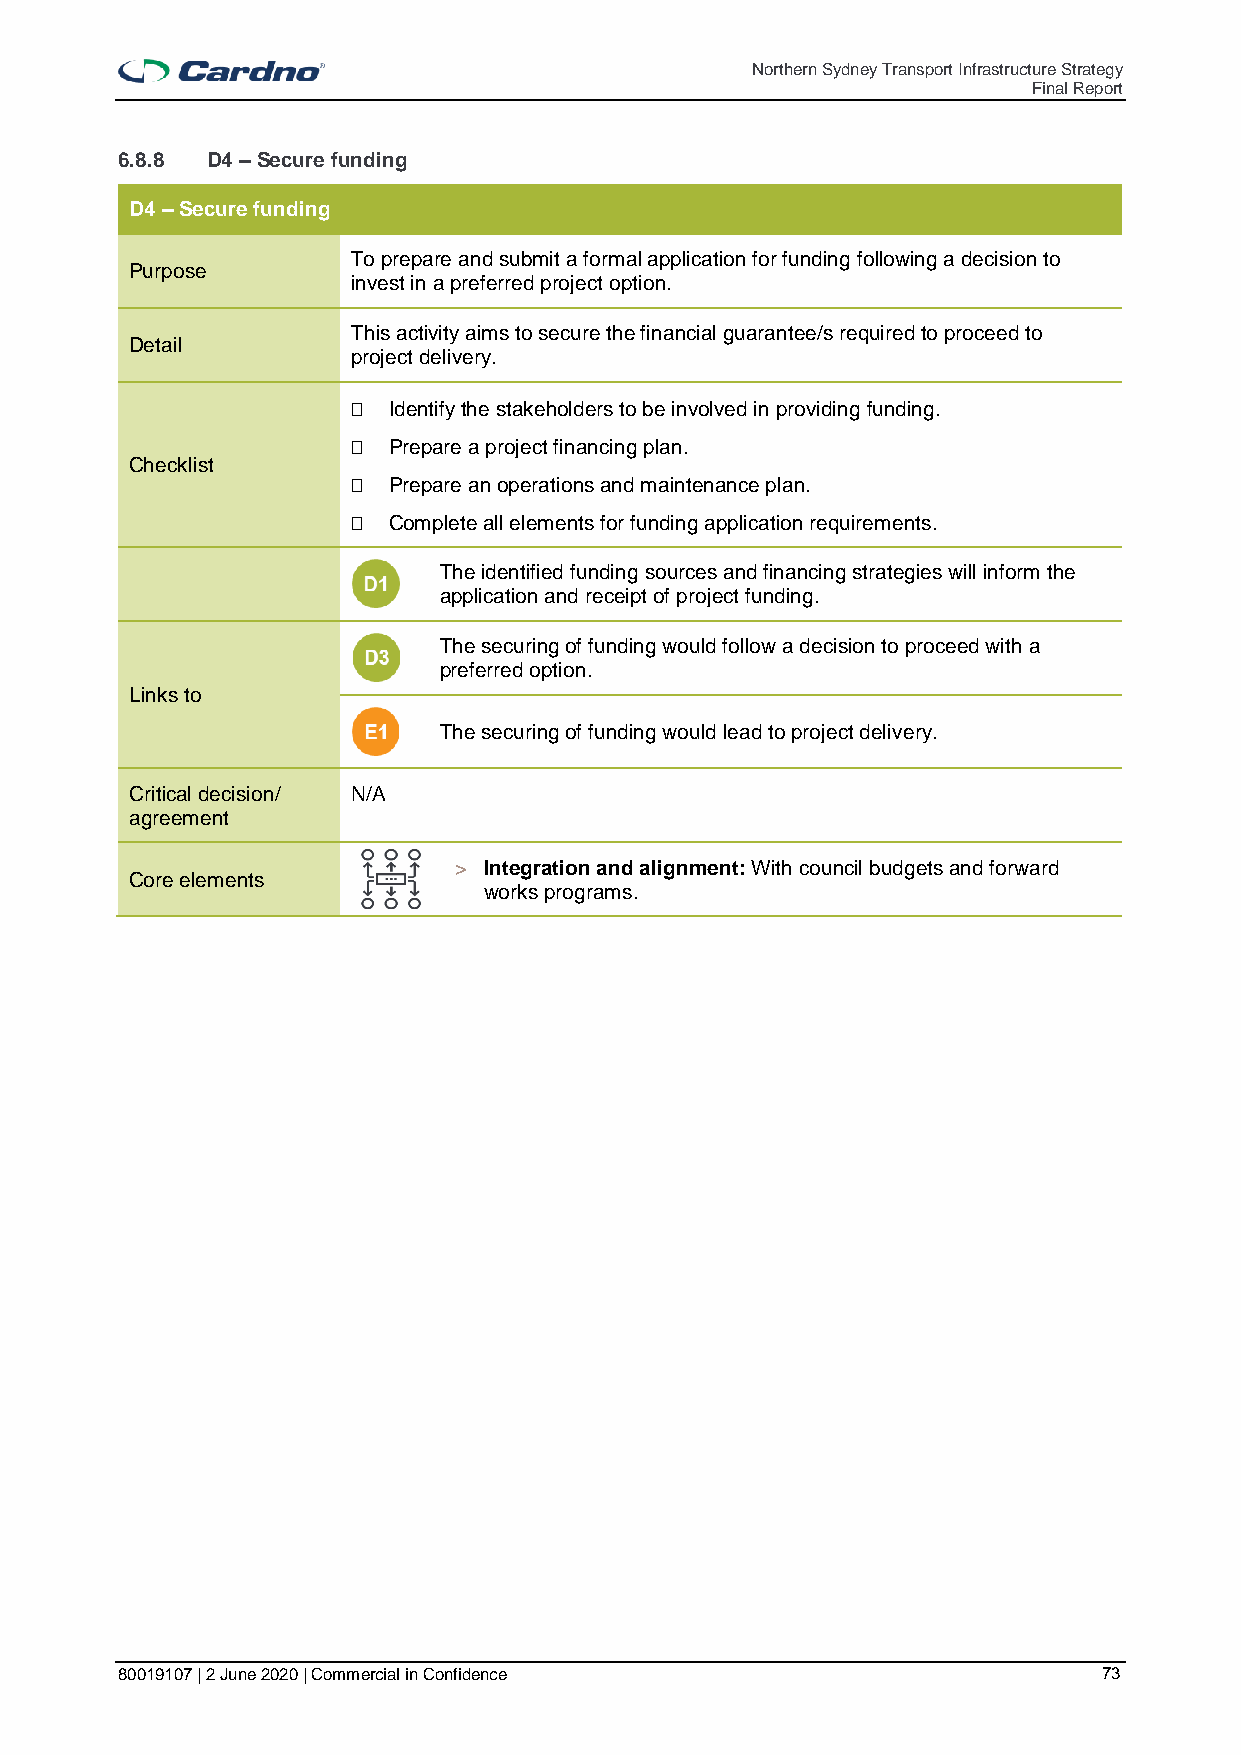
Northern Sydney Transport Infrastructure Strategy
 Final Report
 6.8.8 D4 – Secure funding
 D4 – Secure funding
 To prepare and submit a formal application for funding following a decision to
 Purpose
 invest in a preferred project option.
 This activity aims to secure the financial guarantee/s required to proceed to
 Detail
 project delivery.
   Identify the stakeholders to be involved in providing funding.
   Prepare a project financing plan.
 Checklist
   Prepare an operations and maintenance plan.
   Complete all elements for funding application requirements.
 The identified funding sources and financing strategies will inform the
 application and receipt of project funding.
 The securing of funding would follow a decision to proceed with a
 preferred option.
 Links to
 The securing of funding would lead to project delivery.
 Critical decision/ N/A
 agreement
 > Integration and alignment: With council budgets and forward
 Core elements
 works programs.
 80019107 | 2 June 2020 | Commercial in Confidence                73